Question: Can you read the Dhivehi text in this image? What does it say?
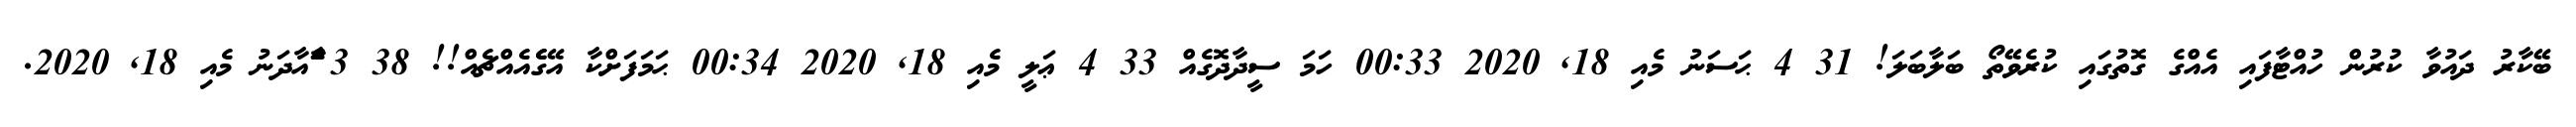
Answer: ބޭކާރު ދައުވާ ކުރުން ހުއްޓާފައި އެއްގެ ގޮތުގައި ކުރެވޭތޯ ބަލާބަލަ! 31 4 ޙަސަނު މެއި 18, 2020 00:33 ހަމަ ސީދާދޮގެއް 33 4 ޢަލީ މެއި 18, 2020 00:34 ޙަމަފަށްކާ އޭގެެއެއްޗެއް!! 38 3 ާަެްައާދަނު މެއި 18, 2020.